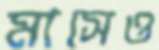
মাসেও